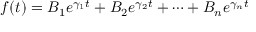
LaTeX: f ( t ) = B _ { 1 } e ^ { \gamma _ { 1 } t } + B _ { 2 } e ^ { \gamma _ { 2 } t } + \cdots + B _ { n } e ^ { \gamma _ { n } t }